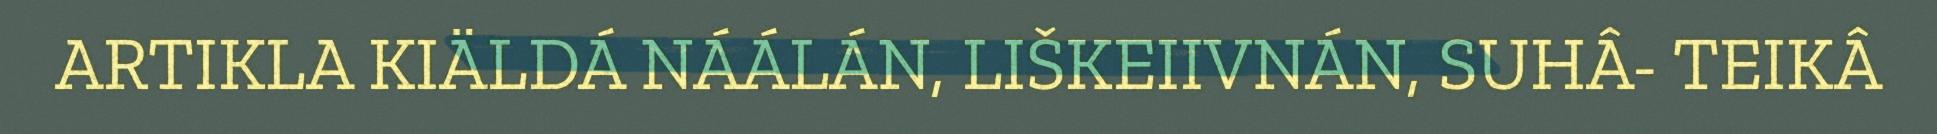
ARTIKLA KIÄLDÁ NÁÁLÁN, LIŠKEIIVNÁN, SUHÂ- TEIKÂ